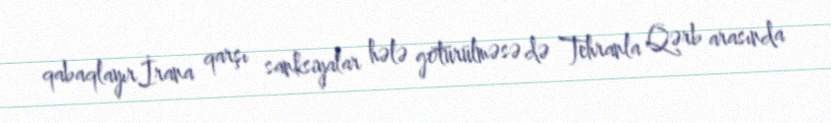
qabaqlayır.İrana qarşı sanksiyalar hələ götürülməsə də Tehranla Qərb arasında